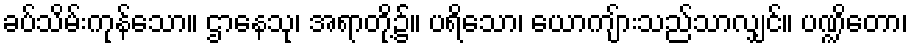
ခပ်သိမ်းကုန်သော။ ဌာနေသု၊ အရာတို့၌။ ပရိသော၊ ယောကျ်ားသည်သာလျှင်။ ပဏ္ဍိတော၊